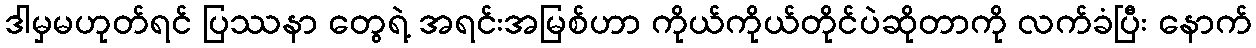
ဒါမှမဟုတ်ရင် ပြဿနာ တွေရဲ့ အရင်းအမြစ်ဟာ ကိုယ်ကိုယ်တိုင်ပဲဆိုတာကို လက်ခံပြီး နောက်